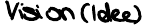
Vision(Idee)